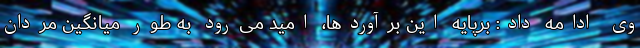
وی ادامه داد: برپایه این برآوردها، امید می‌رود به طور میانگین مردان